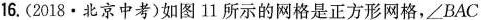
16.(2018·北京中考)如图11所示的网格是正方形网格，\angle BAC